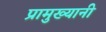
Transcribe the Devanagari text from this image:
प्रामुख्यानी